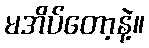
မအိပ်တော့နဲ့။